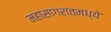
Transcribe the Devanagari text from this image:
महासागरातमध्ये